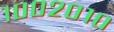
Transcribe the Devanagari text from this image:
१००२०१०